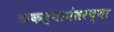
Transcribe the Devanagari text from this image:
टाकल्यानंतरच्या